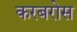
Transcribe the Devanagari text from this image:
करबरोस